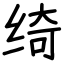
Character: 绮